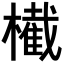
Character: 𣝫